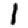
Digit: 1